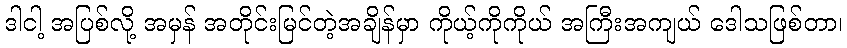
ဒါငါ့ အပြစ်လို့ အမှန် အတိုင်းမြင်တဲ့အချိန်မှာ ကိုယ့်ကိုကိုယ် အကြီးအကျယ် ဒေါသဖြစ်တာ၊